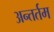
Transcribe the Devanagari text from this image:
अन्तर्तम